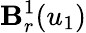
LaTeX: \mathbf{B}_{r}^{1}(u_{1})